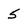
Character: 5